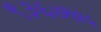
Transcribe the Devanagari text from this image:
९३६७७५